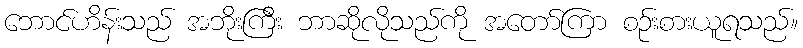
ဘောင်ဟိန်းသည် အဘိုးကြီး ဘာဆိုလိုသည်ကို အတော်ကြာ စဉ်းစားယူရသည်။